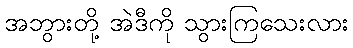
အဘွားတို့ အဲဒီကို သွားကြသေးလား